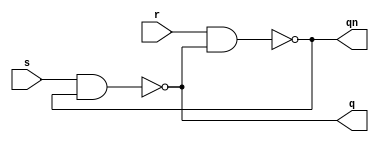
/************************************************
  The Verilog HDL code example is from the book
  Computer Principles and Design in Verilog HDL
  by Yamin Li, published by A JOHN WILEY & SONS
************************************************/
module rs_latch (s,r,q,qn);                         // rs latch
    input  s, r;                                    // inputs:  set, reset
    output q, qn;                                   // outputs: q, qn
    nand nand1 (q,  s, qn);                         // nand (out, in1, in2);
    nand nand2 (qn, r, q);                          // nand (out, in1, in2);
endmodule